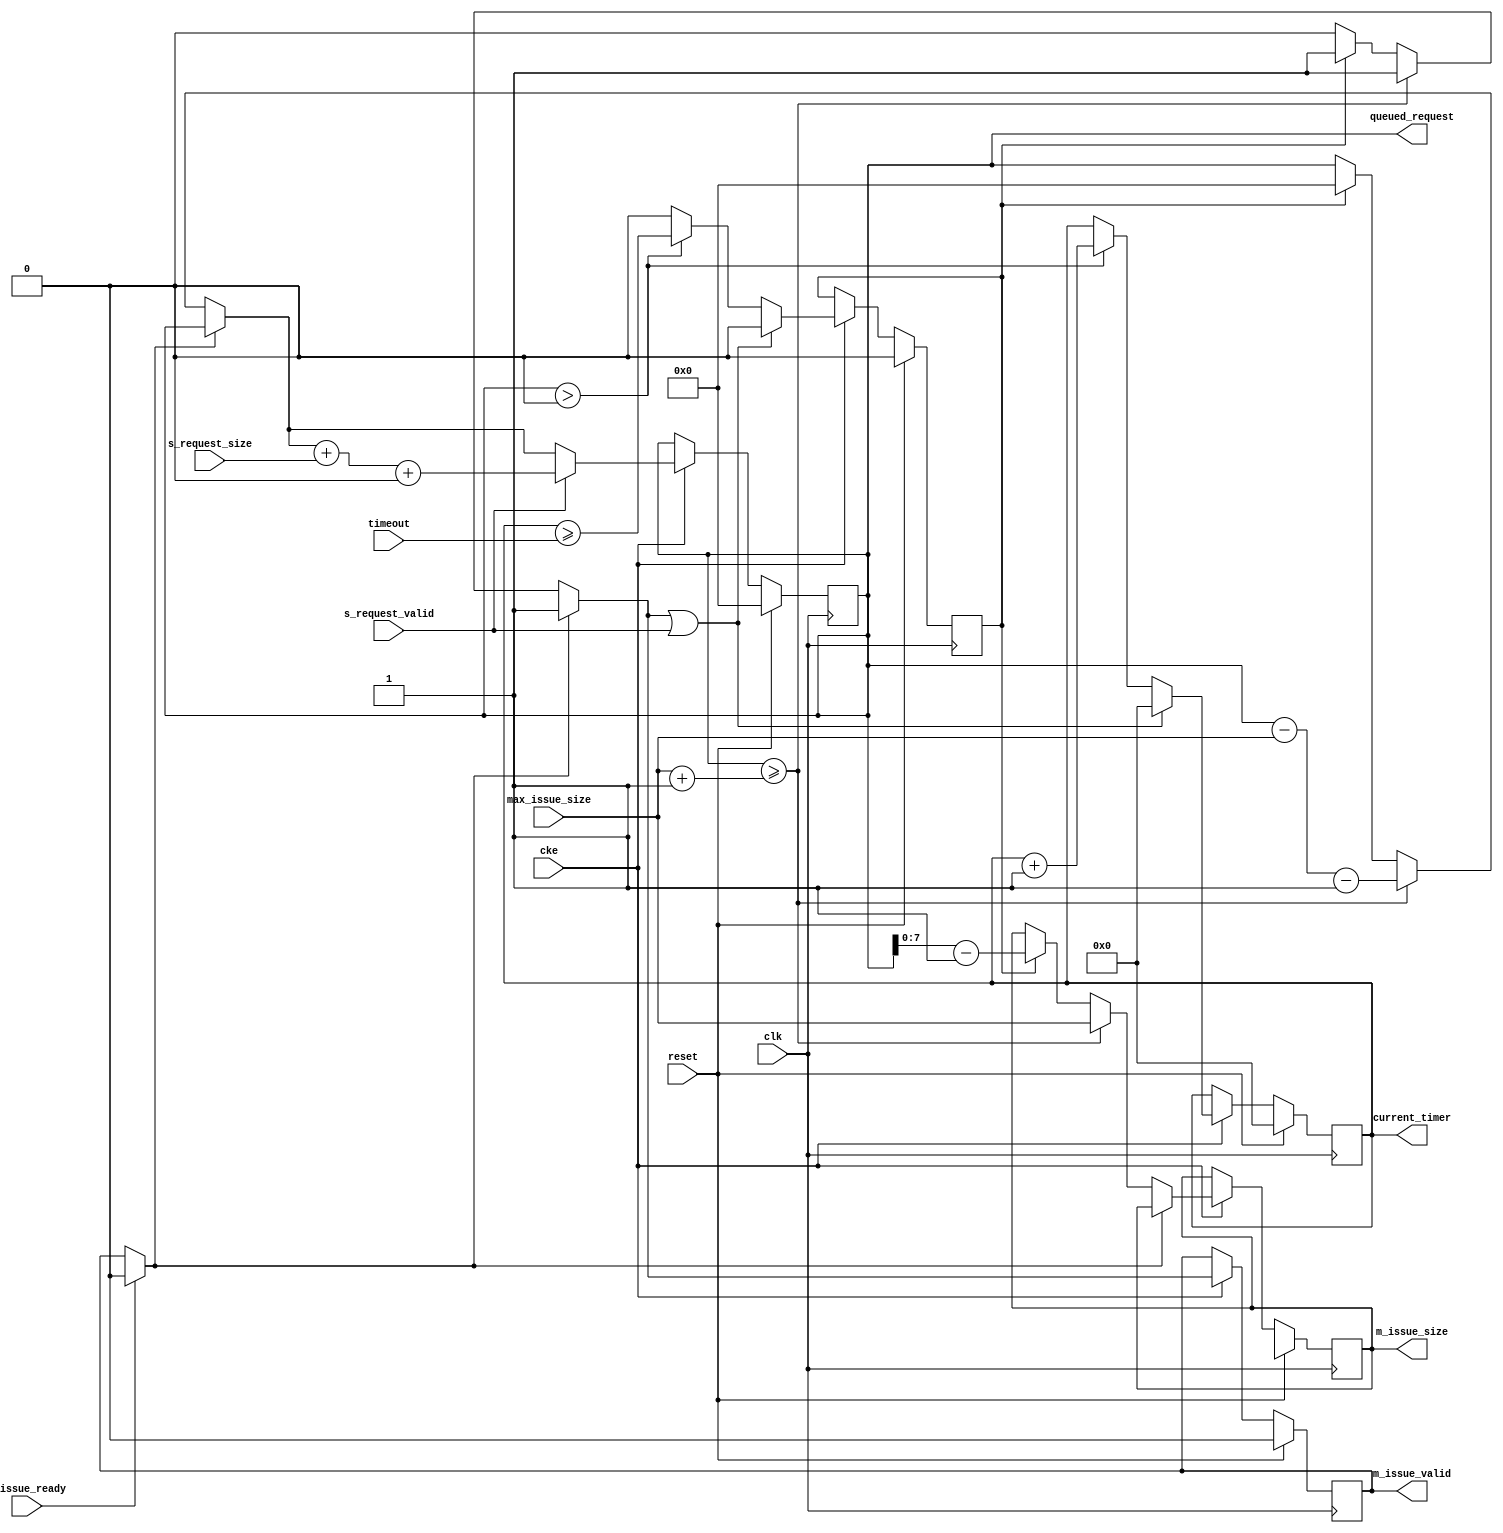
// ---------------------------------------------------------------------------
//  Jelly  -- The platform for real-time computing
//
//                                 Copyright (C) 2008-2020 by Ryuji Fuchikami
//                                 https://github.com/ryuz/jelly.git
// ---------------------------------------------------------------------------



`timescale 1ns / 1ps
`default_nettype none



// 
module jelly_capacity_timeout
        #(
            parameter   TIMER_WIDTH         = 8,
            parameter   CAPACITY_WIDTH      = 32,               // 
            parameter   REQUEST_WIDTH       = CAPACITY_WIDTH,
            parameter   ISSUE_WIDTH         = 8,
            parameter   REQUEST_SIZE_OFFSET = 1'b0,
            parameter   ISSUE_SIZE_OFFSET   = 1'b1,
            
            parameter   INIT_REQUEST        = {CAPACITY_WIDTH{1'b0}}
        )
        (
            input   wire                            reset,
            input   wire                            clk,
            input   wire                            cke,
            
            input   wire    [ISSUE_WIDTH-1:0]       max_issue_size,
            input   wire    [TIMER_WIDTH-1:0]       timeout,
            
            output  wire    [CAPACITY_WIDTH-1:0]    queued_request,
            output  wire    [TIMER_WIDTH-1:0]       current_timer,
            
            input   wire    [REQUEST_WIDTH-1:0]     s_request_size,
            input   wire                            s_request_valid,
            
            output  wire    [ISSUE_WIDTH-1:0]       m_issue_size,
            output  wire                            m_issue_valid,
            input   wire                            m_issue_ready
        );
    
    wire                            ready = (!m_issue_valid || m_issue_ready);
    
    reg     [CAPACITY_WIDTH-1:0]    reg_queued_request,    next_queued_request;
    reg     [TIMER_WIDTH-1:0]       reg_timer,             next_timer;
    reg                             reg_timeout,           next_timeout;
    reg     [ISSUE_WIDTH-1:0]       reg_issue_size,        next_issue_size;
    reg                             reg_issue_valid,       next_issue_valid;
    
    always @(posedge clk) begin
        if ( reset ) begin
            reg_queued_request    <= INIT_REQUEST;
            reg_timer             <= {TIMER_WIDTH{1'b0}};
            reg_timeout           <= 1'b0;
            reg_issue_size        <= {ISSUE_WIDTH{1'bx}};
            reg_issue_valid       <= 1'b0;
        end
        else if ( cke ) begin
            reg_queued_request    <= next_queued_request;
            reg_timer             <= next_timer;
            reg_timeout           <= next_timeout;
            reg_issue_size        <= next_issue_size;
            reg_issue_valid       <= next_issue_valid;
        end
    end
    
    always @* begin
        next_queued_request = reg_queued_request;
        next_timer          = reg_timer;
        next_timeout        = 1'b0;
        next_issue_size     = reg_issue_size;
        next_issue_valid    = reg_issue_valid;
        
        // issue complete
        if ( m_issue_ready ) begin
            next_issue_valid = 1'b0;
        end
        
        // issue
        if ( !next_issue_valid ) begin
            if ( reg_queued_request >= ({1'b0, max_issue_size} + ISSUE_SIZE_OFFSET) ) begin
                next_issue_size     = max_issue_size;
                next_issue_valid    = 1'b1;
                next_queued_request = next_queued_request - max_issue_size - ISSUE_SIZE_OFFSET;
            end
            else if ( reg_timeout ) begin
                next_issue_size     = next_queued_request - ISSUE_SIZE_OFFSET;
                next_issue_valid    = 1'b1;
                next_queued_request = 0;
            end
        end
        
        // request
        if ( s_request_valid ) begin
            next_queued_request = next_queued_request + s_request_size + REQUEST_SIZE_OFFSET;
        end
        
        // timeout
        if ( next_issue_valid || s_request_valid ) begin
            next_timer = 0;
        end
        else if ( reg_queued_request > 0 ) begin
            next_timeout = (next_timer >= timeout);
            next_timer   = next_timer + 1;
        end
    end
    
    assign m_issue_size  = reg_issue_size;
    assign m_issue_valid = reg_issue_valid;
    
    assign current_timer  = reg_timer;
    assign queued_request = reg_queued_request;
    
endmodule


`default_nettype wire


// end of file